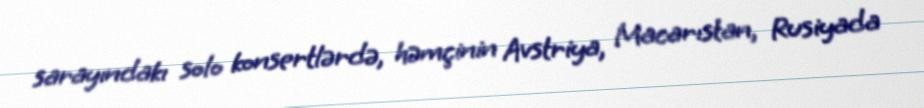
sarayındakı solo konsertlərdə, həmçinin Avstriya, Macarıstan, Rusiyada